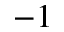
^ { - 1 }